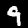
Label: 9